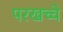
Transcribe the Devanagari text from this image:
परखच्चे